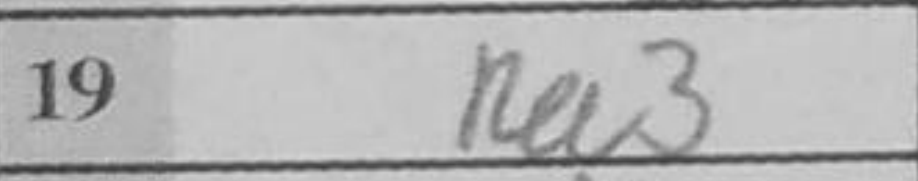
Transcription: Ra3